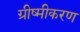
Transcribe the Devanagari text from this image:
ग्रीष्मीकरण